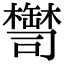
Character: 𦉚